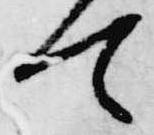
て